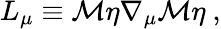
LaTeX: L_{\mu}\equiv{\cal M}\eta\nabla_{\mu}{\cal M}\eta\ ,